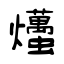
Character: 爡